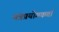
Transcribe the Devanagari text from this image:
मंत्रप्रयोगकर्ता